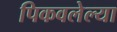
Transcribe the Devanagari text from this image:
पिकवलेल्या